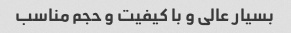
بسیار عالی و با کیفیت و حجم مناسب